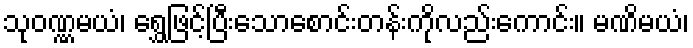
သုဝဏ္ဏမယံ၊ ရွှေဖြင့်ပြီးသောစောင်းတန်းကိုလည်းကောင်း။ မဏိမယံ၊